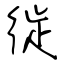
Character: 徙